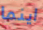
اينما